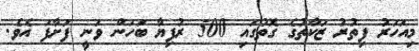
މިއަހަރު ފިތުރު ޒަކާތުގެ ގޮތުގައި 500 ރުފިޔާ ބަހަން ވަނީ ފަށާފަ އެވެ.